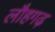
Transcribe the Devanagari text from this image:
लौहगढ़